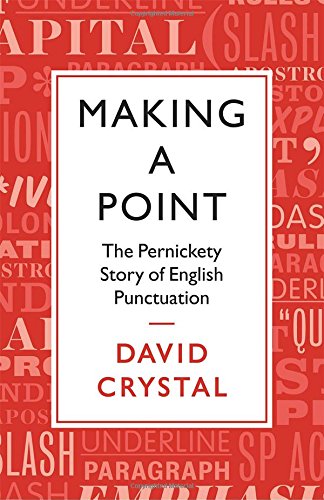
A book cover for Making a Point: The Persnickety Story of English Punctuation; David Crystal; Politics & Social Sciences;